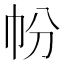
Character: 帉